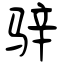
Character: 骍